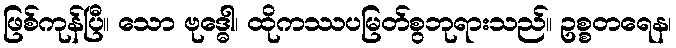
ဖြစ်ကုန်ပြီ။ သော ဗုဒ္ဓေါ၊ ထိုကဿပမြတ်စွဘုရားသည်။ ဥစ္စတရေန၊